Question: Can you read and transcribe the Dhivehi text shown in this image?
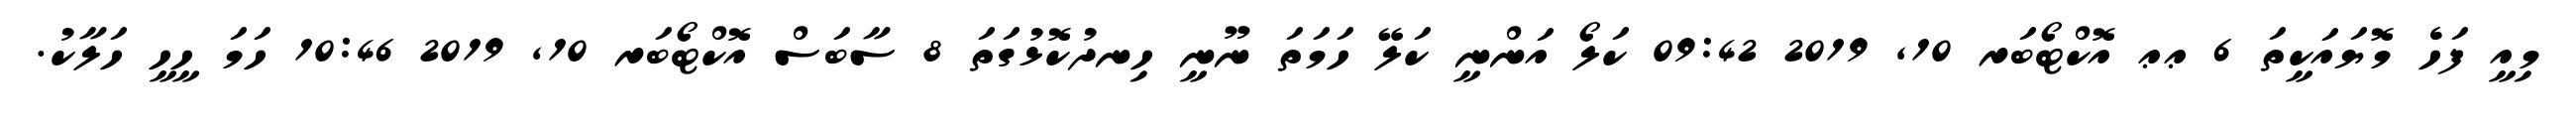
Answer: މިއީ ފަހެ މޮޔައަކީތަ 6 ޢޢ އޮކްޓޯބަރ 10, 2019 09:42 ކަލޯ އަންނީ ކަލޭ ހަމަތަ ނޫނީ ހިނދުކޮޅުގަތަ 8 ސާބަސް އޮކްޓޯބަރ 10, 2019 10:46 ހަމަ ހީހީ ހަލާކު.